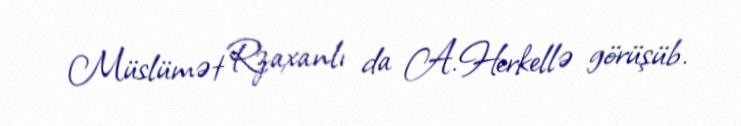
Müslümət Rzaxanlı da A.Herkellə görüşüb.